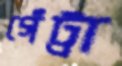
গেঁট্টা